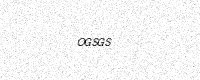
Text: OGSGS